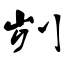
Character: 刿